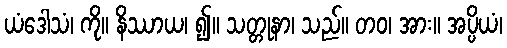
ယံဒေါသံ၊ ကို။ နိဿာယ၊ ၍။ သတ္တုနာ၊ သည်။ တဝ၊ အား။ အပ္ပိယံ၊